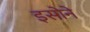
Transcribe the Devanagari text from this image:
इसोने